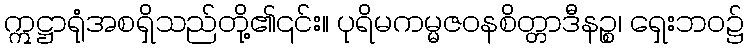
ဣဋ္ဌာရုံအစရှိသည်တို့၏၎င်း။ ပုရိမကမ္မဇဝနစိတ္တာဒီနဉ္စ၊ ရှေးဘဝ၌